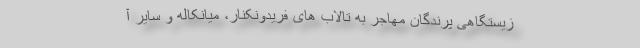
زیستگاهی پرندگان مهاجر به تالاب های فریدونکنار، میانکاله و سایر آ